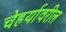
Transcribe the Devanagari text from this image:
चेहर्यावरील